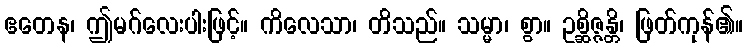
ဧတေန၊ ဤမဂ်လေးပါးဖြင့်။ ကိလေသာ၊ တိသည်။ သမ္မာ၊ စွာ။ ဥစ္ဆိဇ္ဇန္တိ၊ ဖြတ်ကုန်၏။